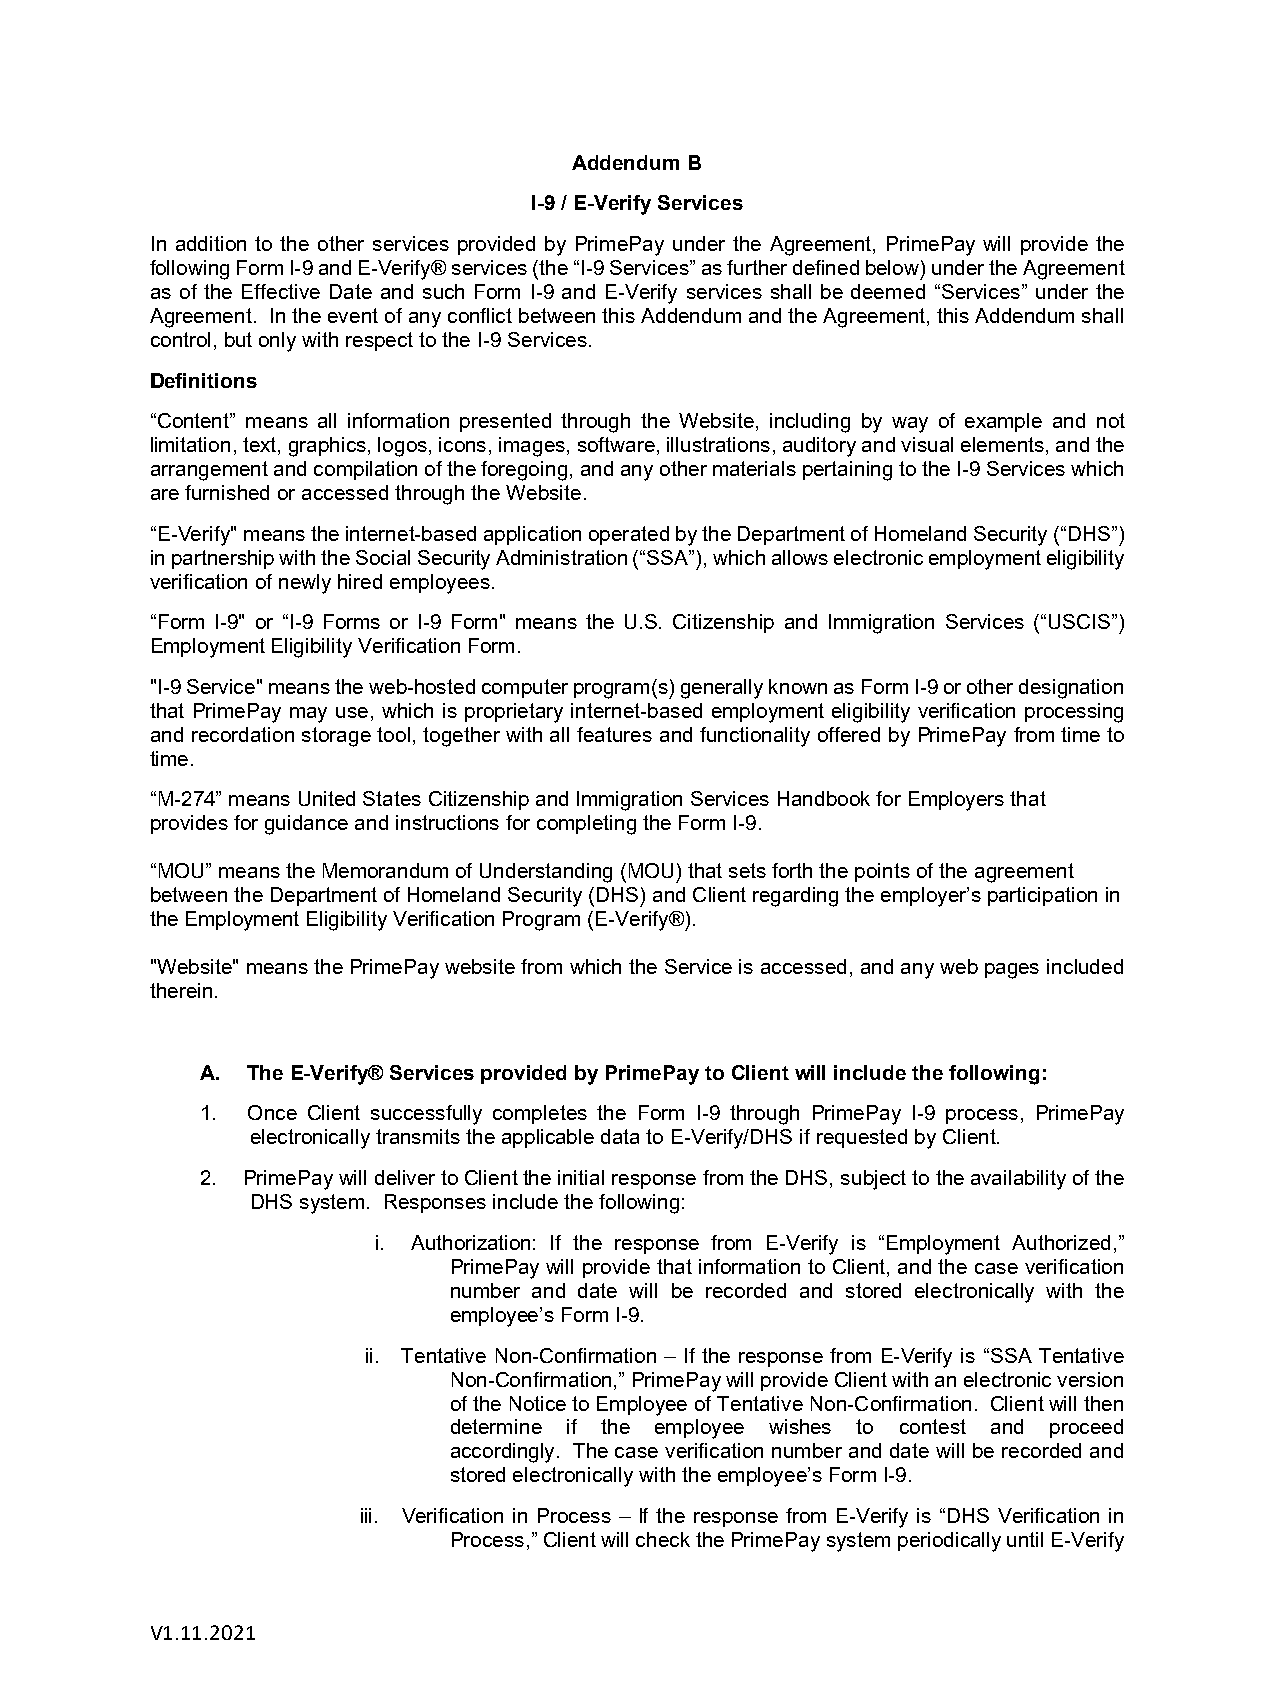
Addendum B
 I-9 / E-Verify Services
 In addition to the other services provided by PrimePay under the Agreement, PrimePay will provide the
 following Form I-9 and E-Verify® services (the “I-9 Services” as further defined below) under the Agreement
 as of the Effective Date and such Form I-9 and E-Verify services shall be deemed “Services” under the
 Agreement. In the event of any conflict between this Addendum and the Agreement, this Addendum shall
 control, but only with respect to the I-9 Services.
 Definitions
 “Content” means all information presented through the Website, including by way of example and not
 limitation, text, graphics, logos, icons, images, software, illustrations, auditory and visual elements, and the
 arrangement and compilation of the foregoing, and any other materials pertaining to the I-9 Services which
 are furnished or accessed through the Website.
 “E-Verify" means the internet-based application operated by the Department of Homeland Security (“DHS”)
 in partnership with the Social Security Administration (“SSA”), which allows electronic employment eligibility
 verification of newly hired employees.
 “Form I-9" or “I-9 Forms or I-9 Form" means the U.S. Citizenship and Immigration Services (“USCIS”)
 Employment Eligibility Verification Form.
 "I-9 Service" means the web-hosted computer program(s) generally known as Form I-9 or other designation
 that PrimePay may use, which is proprietary internet-based employment eligibility verification processing
 and recordation storage tool, together with all features and functionality offered by PrimePay from time to
 time.
 “M-274” means United States Citizenship and Immigration Services Handbook for Employers that
 provides for guidance and instructions for completing the Form I-9.
 “MOU” means the Memorandum of Understanding (MOU) that sets forth the points of the agreement
 between the Department of Homeland Security (DHS) and Client regarding the employer’s participation in
 the Employment Eligibility Verification Program (E-Verify®).
 "Website" means the PrimePay website from which the Service is accessed, and any web pages included
 therein.
 A. The E-Verify® Services provided by PrimePay to Client will include the following:
 1. Once Client successfully completes the Form I-9 through PrimePay I-9 process, PrimePay
 electronically transmits the applicable data to E-Verify/DHS if requested by Client.
 2. PrimePay will deliver to Client the initial response from the DHS, subject to the availability of the
 DHS system. Responses include the following:
 i. Authorization: If the response from E-Verify is “Employment Authorized,”
 PrimePay will provide that information to Client, and the case verification
 number and date will be recorded and stored electronically with the
 employee’s Form I-9.
 ii. Tentative Non-Confirmation – If the response from E-Verify is “SSA Tentative
 Non-Confirmation,” PrimePay will provide Client with an electronic version
 of the Notice to Employee of Tentative Non-Confirmation. Client will then
 determine if the employee wishes to contest and proceed
 accordingly. The case verification number and date will be recorded and
 stored electronically with the employee’s Form I-9.
 iii. Verification in Process – If the response from E-Verify is “DHS Verification in
 Process,” Client will check the PrimePay system periodically until E-Verify
 V1.11.2021